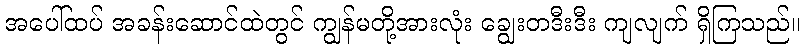
အပေါ်ထပ် အခန်းဆောင်ထဲတွင် ကျွန်မတို့အားလုံး ချွေးတဒီးဒီး ကျလျက် ရှိကြသည်။